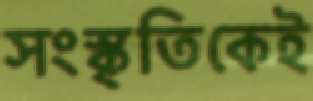
সংস্কৃতিকেই